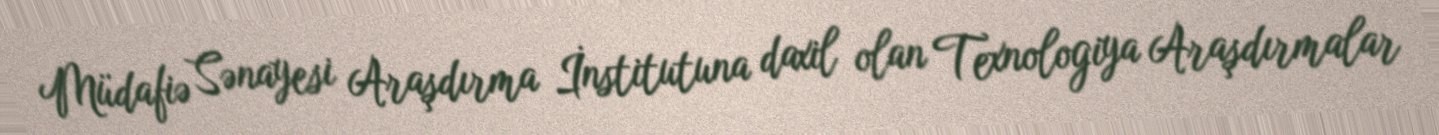
Müdafiə Sənayesi Araşdırma İnstitutuna daxil olan Texnologiya Araşdırmalar